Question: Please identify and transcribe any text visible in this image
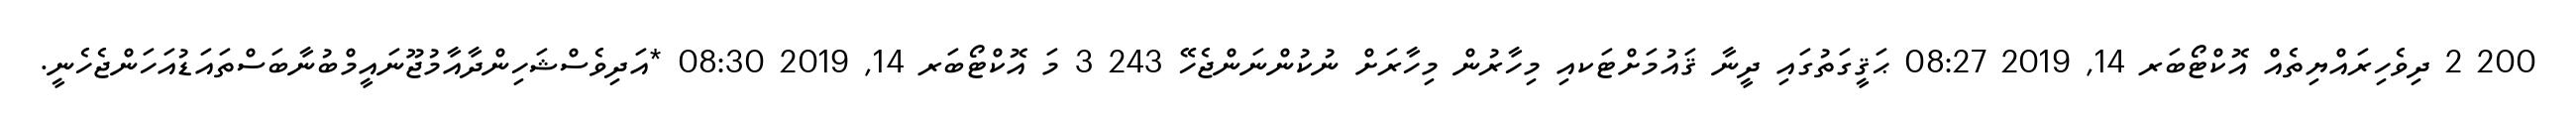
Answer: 200 2 ދިވެހިރައްޔިތެއް އޮކްޓޯބަރ 14, 2019 08:27 ޙަޤީގަތުގައި ދީނާ ޤައުމަށްޓަކއި މިހާރުން މިހާރަށް ނުކުންނަންޖެހޭ 243 3 މަ އޮކްޓޯބަރ 14, 2019 08:30 *އަދިވެސްޝަހިންދާއާމުޖޫނައީމްބުނާބަސްތައަޑުއަހަންޖެހެނީ.